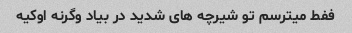
ففط میترسم تو شیرچه های شدید در بیاد وگرنه اوکیه